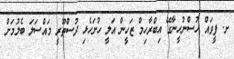
ށ. ފީވައް ހުސްނުހީނާގޭ އިބްރާހިމް ޒަހީން އަލީ ހުށަހެޅި ދުސްތޫރީ މައްސަލަ ބެލުމަށް